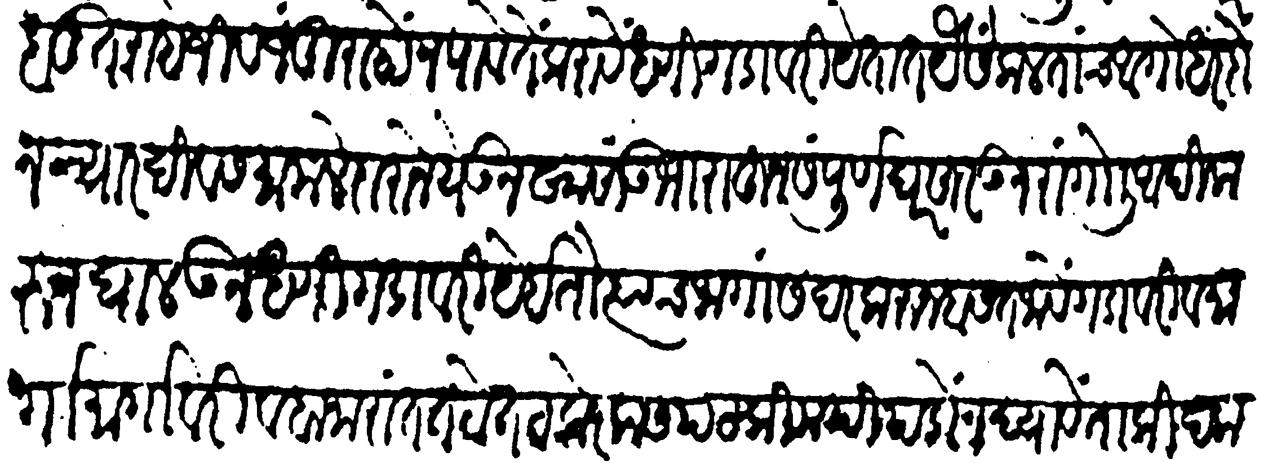
Transliteration (Devanagari): साबूत राहे जीवजंतु राहो न पावे ते करावे धणी गडावरी येतात यैसे कलताच आगोदर दोन च्यार दिवस मामलेदाराने येऊन खासा उभा राहून संपूर्ण घर सारऊन रांगोळी आदि करुन घालऊन धणी गडावरी येईतों त्याच जागा सदर करून बसत जावे गडावरी व मार्गामार्गावरी व बाजारात तटोतट केर कसपट किमपि पडों न द्यावें ताकीद करून